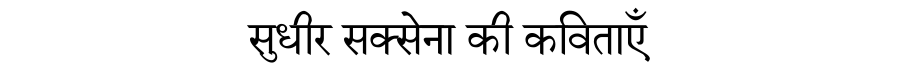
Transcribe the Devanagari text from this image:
सुधीर सक्सेना की कविताएँ